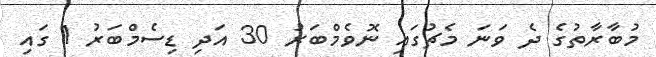
މުބާރާތުގެ ދެ ވަނަ މެޗުގައި ނޮވެމްބަރު 30 އަދި ޑިސެމްބަރު 1 ގައި